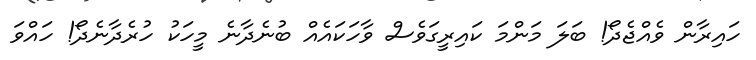
ހައިރާން ވެއްޖެދޯ! ބަލަ މަންމަ ކައިރީގަވެސް ވާހަކައެއް ބުނެދާނެ މީހަކު ހުރެދާނެދޯ! ހައްވަ